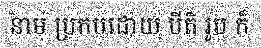
នាម ប្រកបដោយ បីតិ រូប ក៏